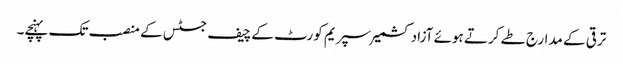
ترقی کے مدارج طے کرتے ہوئے آزادکشمیر سپریم کورٹ کے چیف جسٹس کے منصب تک پہنچے۔